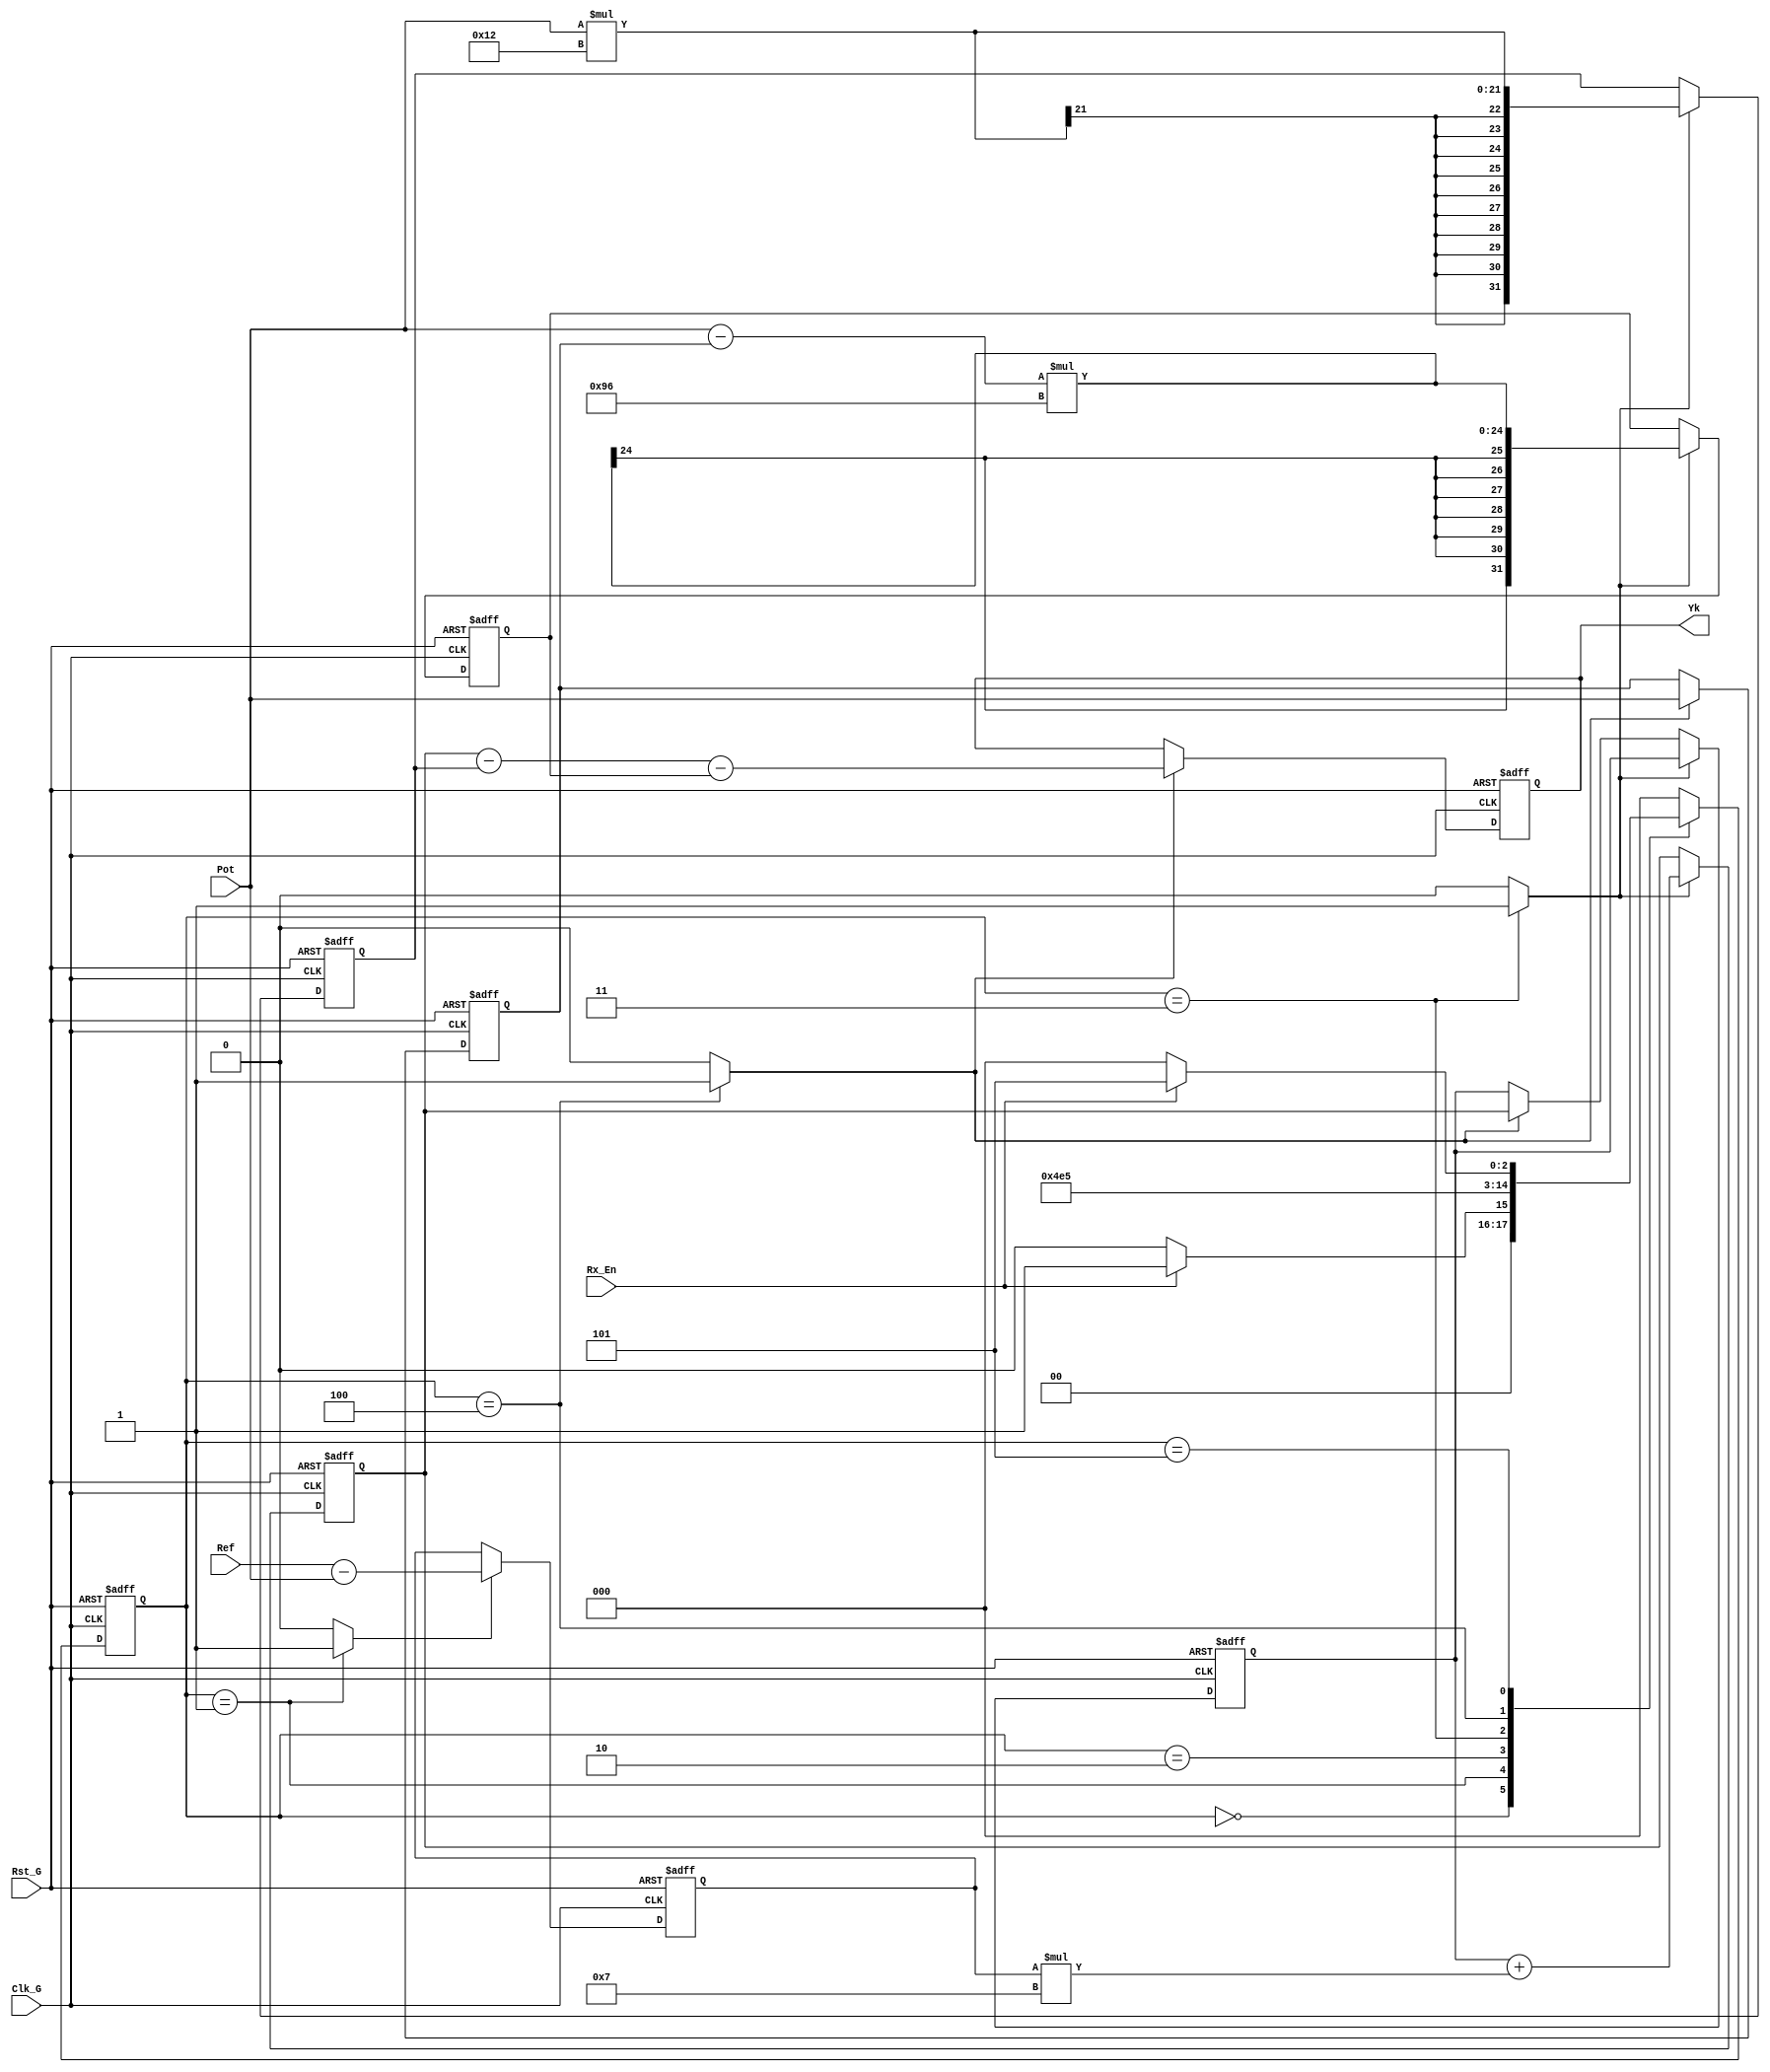
`timescale 1ns / 1ps
//////////////////////////////////////////////////////////////////////////////////
// Company: 
// Engineer: 
// 
// Design Name: 
// Module Name:    IPD 
// Project Name: 
// Target Devices: 
// Tool versions: 
// Description: 
//
// Dependencies: 
//
// Revision: 
// Revision 0.01 - File Created
// Additional Comments: 
//
//////////////////////////////////////////////////////////////////////////////////
module IPD#(parameter cant_bits = 16)(
	input wire signed [cant_bits-1:0] Pot,Ref,
	input wire Clk_G,Rst_G,Rx_En,
	output reg signed [2*cant_bits-1:0] Yk
    );

reg [2:0] est_sig,est_act;
reg LD_2,LD_G,Rx_En_Local,Rx_En_Ek;
wire signed[cant_bits-1:0] Ek,Mul_D;
reg signed[cant_bits-1:0] R_Ek,R_Mul_D_1;
wire signed[2*cant_bits-1:0] Mul_P,Mul_I,Sum_I,Yk_AUX,Sum_P,AUX;
reg signed[2*cant_bits-1:0] R_Mul_P,R_Mul_D,R_I,R_I_1;

//Inicializacion

//Modulo P
assign Mul_P = Pot*16'sb0000000000010010;//Kp

//Registro P

always@(posedge Clk_G, posedge Rst_G)
	begin
		if(Rst_G)
			begin
				R_Mul_P <= 0;	
			end
		else if(LD_G)
			begin
				R_Mul_P <= Mul_P;
			end
	end

//////////////////////////////////////////////////////////////////////////

//Modulo D

assign Mul_D = Pot - R_Mul_D_1;
assign Sum_P = Mul_D*16'sb0000000010010110;//Kd

//Registro Y(k-1)

always@(posedge Clk_G, posedge Rst_G)
	begin
		if(Rst_G)
			begin
				R_Mul_D_1 <= 0;
			end
		else if(Rx_En_Local)
			begin		
				R_Mul_D_1 <= Pot;
			end
	end

//Registro D

always@(posedge Clk_G, posedge Rst_G)
	begin
		if(Rst_G)
			begin		
				R_Mul_D <= 0;
			end
		else if(LD_G)
			begin
				R_Mul_D <= Sum_P;
			end		
	end

//////////////////////////////////////////////////////////////////////////

//Modulo I

//Calculando Ek

assign Ek = Ref - Pot;

//Registro Ek

always@(posedge Clk_G, posedge Rst_G)
	begin
		if(Rst_G)
			begin
				R_Ek <= 0;
			end
		else if(Rx_En_Ek)//Rx_En??LD_Ek/
			begin
				R_Ek <= Ek;
			end
	end

//Calculando I

assign Mul_I = R_Ek*16'sb0000000000000111;//KI
assign Sum_I = R_I_1 + Mul_I;

//Registro I y I(k-1)

always@(posedge Clk_G, posedge Rst_G)
	begin
		if(Rst_G)
			begin
				R_I <= 0;
				R_I_1 <= 0;
			end
		else if(LD_G)
			R_I <= Sum_I;
		else if(Rx_En_Local)
			R_I_1 <= R_I;
	end

/////////////////////////////////////////////////////////////////////////

//Calculando la Salida

assign AUX = R_I - R_Mul_P;
assign Yk_AUX = AUX - R_Mul_D;	

always@(posedge Clk_G, posedge Rst_G)
	begin
		if(Rst_G)
			begin
				Yk <= 0;
			end
		else if(LD_2)
			begin
				Yk <= Yk_AUX;
			end
	end
	
/////////////////////////////////////////////////////////////////////

//Control

always@(posedge Clk_G, posedge Rst_G)
	begin
		if(Rst_G)
			begin
				est_act <= 3'b000;
			end
		else
			est_act <= est_sig;
	end

always@*
	begin
		LD_G = 0;
		LD_2 = 0;
		Rx_En_Local = 0;
		Rx_En_Ek = 0;
		est_sig = est_act;
			case(est_act)
				3'b000:
					begin
						if(Rx_En)
							est_sig = 3'b001;
						else 
							begin
								LD_G = 0;
								LD_2 = 0;
								Rx_En_Ek = 0;
								Rx_En_Local = 0;
								est_sig = 3'b000;
							end
					end
					
				3'b001:
					begin
						Rx_En_Ek = 1;
						est_sig = 3'b010;
					end	
				
				3'b010:
					begin
						Rx_En_Ek = 0;
						est_sig = 3'b011;
					end
					
				3'b011:
					begin
						Rx_En_Ek = 0;
						LD_G = 1;
						est_sig = 3'b100;
					end
				
				3'b100:
					begin
						LD_2 = 1;
						LD_G = 0;
						Rx_En_Local = 1;
						est_sig = 3'b101;	
					end
				
				3'b101:
					begin
						if(!Rx_En)
							est_sig = 3'b000;
						else
						begin
							LD_2 = 0;
							LD_G = 0;
							Rx_En_Local = 0;
							est_sig = 3'b101;	
						end
					end
				
				default:
					begin
						LD_2 = 0;
						Rx_En_Local = 0;
						LD_G = 0;
						est_sig = 3'b000;
					end
			endcase
	end

endmodule